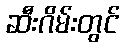
ဆီးဂိမ်းတွင်